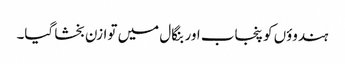
ہندوؤں کو پنجاب اور بنگال میں توازن بخشا گیا۔